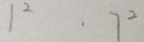
1 ^ { 2 } \cdot 7 ^ { 2 }